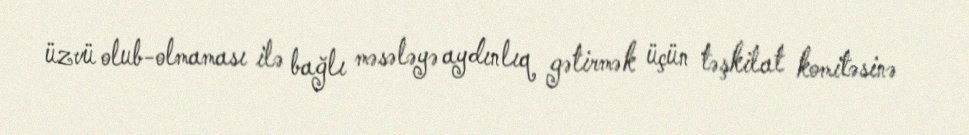
üzvü olub-olmaması ilə bağlı məsələyə aydınlıq gətirmək üçün təşkilat komitəsinə